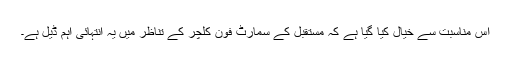
اس مناسبت سے خیال کیا گیا ہے کہ مستقبل کے سمارٹ فون کلچر کے تناظر میں یہ انتہائی اہم ڈیل ہے۔